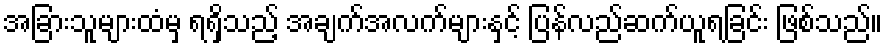
အခြားသူများထံမှ ရရှိသည့် အချက်အလက်များနှင့် ပြန်လည်ဆက်ယူရခြင်း ဖြစ်သည်။